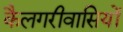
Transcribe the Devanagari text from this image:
कैलगरीवासियों